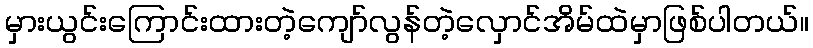
မှားယွင်းကြောင်းထားတဲ့ကျော်လွန်တဲ့လှောင်အိမ်ထဲမှာဖြစ်ပါတယ်။